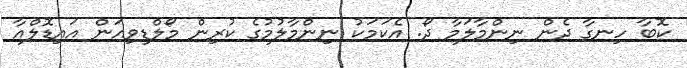
ކޮބާ ހިނގާ ދެން ނިންމާލަމާ ދޯ. އެކަމަކު ނިންމާލުމުގެ ކުރިން މޯލްޑިވިއަން އައިޑޮލްއާ